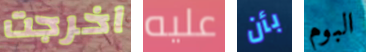
اخرجت عليه بأن البوم